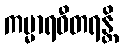
ကမ္မာရဓီတရန္တိ